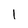
Character: 1